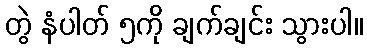
တွဲ နံပါတ် ၅ကို ချက်ချင်း သွားပါ။